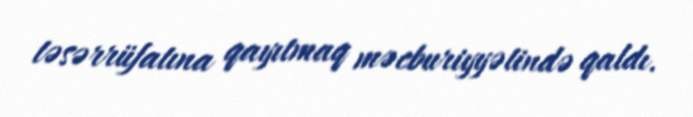
təsərrüfatına qayıtmaq məcburiyyətində qaldı.